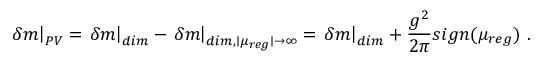
\left. \delta m \right\vert _ { P V } = \left. \delta m \right\vert _ { d i m } - \left. \delta m \right\vert _ { d i m , \mid \mu _ { r e g } \mid \to \infty } = \left. \delta m \right\vert _ { d i m } + \frac { g ^ { 2 } } { 2 \pi } s i g n ( \mu _ { r e g } ) \ .